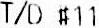
T/D #11